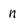
Character: n